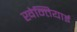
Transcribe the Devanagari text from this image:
खेन्तियाई